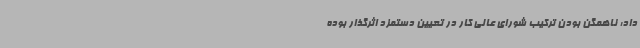
داد: ناهمگن بودن ترکیب شورای عالی کار در تعیین دستمزد اثرگذار بوده